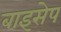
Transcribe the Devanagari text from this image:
बाइसेप